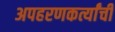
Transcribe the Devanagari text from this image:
अपहरणकर्त्यांची